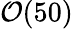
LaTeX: \mathcal{O}(50)